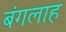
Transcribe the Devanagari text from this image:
बंगलाह